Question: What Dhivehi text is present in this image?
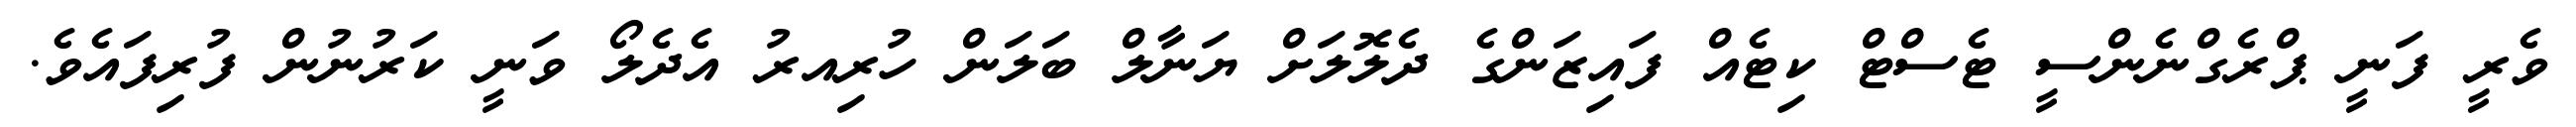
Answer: ވެރީ ފަނީ ޕްރެގްނެންސީ ޓެސްޓް ކިޓެއް ފައިޒަންގެ ދެލޮލަށް ޔަނާލް ބަލަން ހުރިއރު އެދެލޯ ވަނީ ކަރުނުން ފުރިފައެވެ.